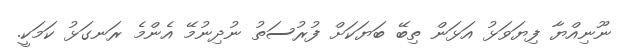
ނޫނިއްޔާ ފިޔަވަޅު އަޅަން ތިބޭ ބަޔަކަށް ފުރުސަތު ނުދިނުމޭ އެންމެ ރަނގަޅު ކަމަކީ.